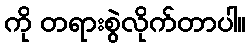
ကို တရားစွဲလိုက်တာပါ။